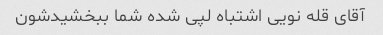
آقای قله نویی اشتباه لپی شده شما ببخشیدشون